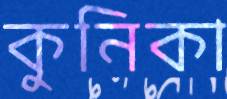
কুনিকা